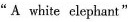
"A white elephant"